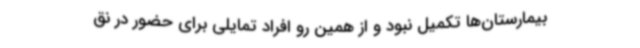
بیمارستان‌ها تکمیل نبود و از همین رو افراد تمایلی برای حضور در نق